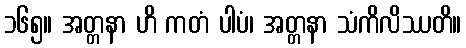
၁၆၅။ အတ္တနာ ဟိ ကတံ ပါပံ၊ အတ္တနာ သံကိလိဿတိ။